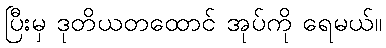
ပြီးမှ ဒုတိယတထောင် အုပ်ကို ရေမယ်။